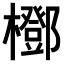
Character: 𣞽